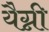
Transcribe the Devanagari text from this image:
यैग्नी